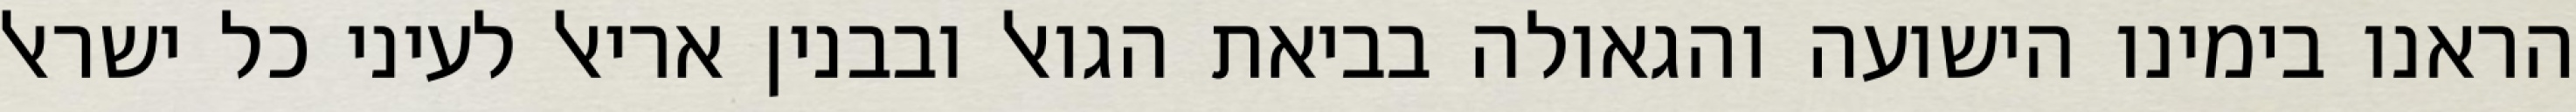
הראנו בימינו הישועה והגאולה בביאת הגואל ובבנין אריאל לעיני כל ישראל